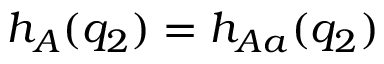
h _ { A } ( q _ { 2 } ) = h _ { A a } ( q _ { 2 } )